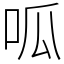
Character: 呱